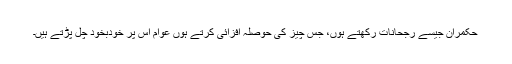
حکمران جیسے رجحانات رکھتے ہوں، جس چیز کی حوصلہ افزائی کرتے ہوں عوام اس پر خودبخود چل پڑتے ہیں۔